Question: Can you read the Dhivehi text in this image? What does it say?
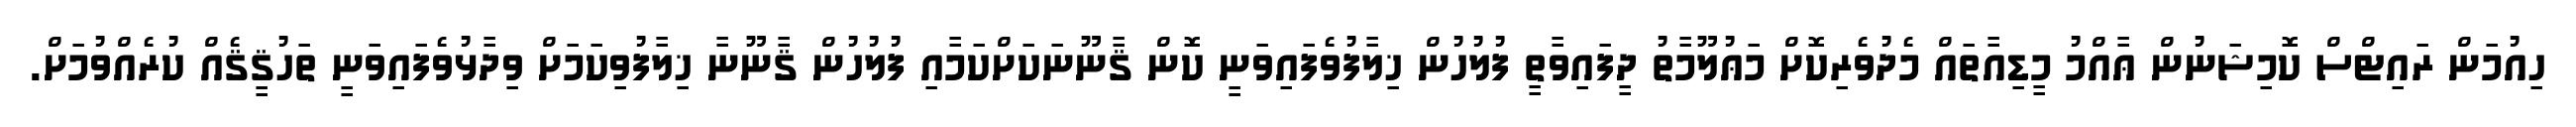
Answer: ހިއުމަން ރައިޓްސް ކޮމިޝަނުން ޢާއްމު މީޑިއާތައް މެދުވެރިކޮށް މަޢުލޫމާތު ދީފައިވާތީ ފުލުހުން ޚިލާފުވެފައިވަނީ ކޮން ޤާނޫނަކަށްކަމާއި ފުލުހުން ޤާނޫނާ ޚިލާފުވިކަމަށް ވިދާޅުވެފައިވަނީ ތަހުޤީޤެއް ކުރެއްވުމަށް.